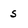
Character: s